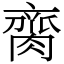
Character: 䐡